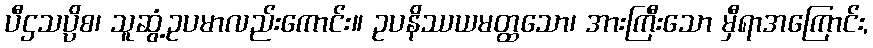
ပီဌသပ္ပိစ၊ သူဆွံ့ဥပမာလည်းကောင်း။ ဥပနိဿယမတ္ထသော၊ အားကြီးသော မှီရာအကြောင်း,